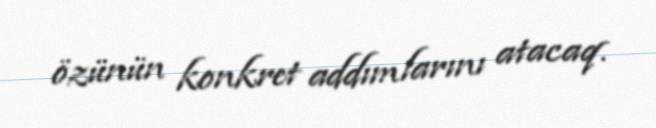
özünün konkret addımlarını atacaq.